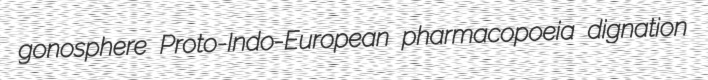
gonosphere Proto-Indo-European pharmacopoeia dignation